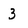
Character: 3